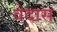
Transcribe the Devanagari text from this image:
वेदास